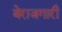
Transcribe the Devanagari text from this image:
बेराजगारी